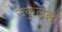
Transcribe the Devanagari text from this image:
उकुलेले